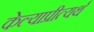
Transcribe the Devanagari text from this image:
केल्याप्रीत्यर्थ